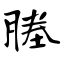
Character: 塍